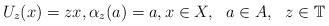
LaTeX: \begin{align*}U_z(x)=zx,\alpha_z(a)=a,x\in X,\ \ a\in A,\ \ z\in \mathbb{T}\end{align*}